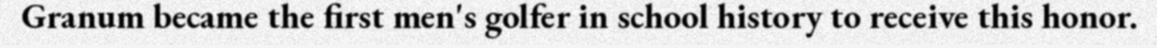
Granum became the first men's golfer in school history to receive this honor.